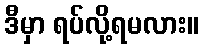
ဒီမှာ ရပ်လို့ရမလား။